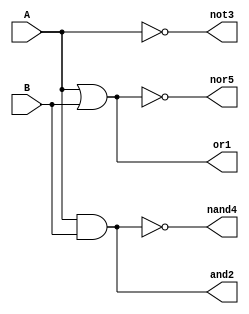
module gates(A,B,or1,and2,not3,nand4,nor5);
input A;
input B;
output or1;
output and2;
output not3;
output nand4;
output nor5;

reg or1;
reg and2;
reg not3;
reg nand4;
reg nor5;
always @(A or B)
begin
	or1=A|B;
	and2=A&B;
	not3=~A;
	nand4=~(A&B);
	nor5=~(A|B);
end
endmodule